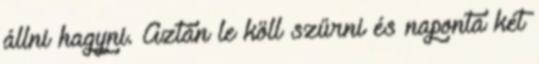
állni hagyni. Aztán le köll szűrni és naponta két